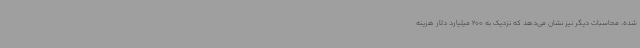
شده، محاسبات دیگر نیز نشان می‌دهد که نزدیک به 200 میلیارد دلار هزینه